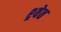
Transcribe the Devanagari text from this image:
श्र्वेत